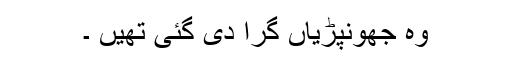
وہ جھونپڑیاں گرا دی گئی تھیں ۔